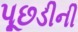
પૂછડીની